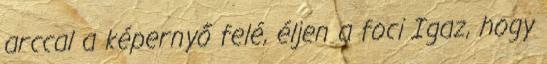
arccal a képernyő felé, éljen a foci Igaz, hogy